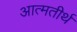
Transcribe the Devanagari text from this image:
आत्मतीर्थ